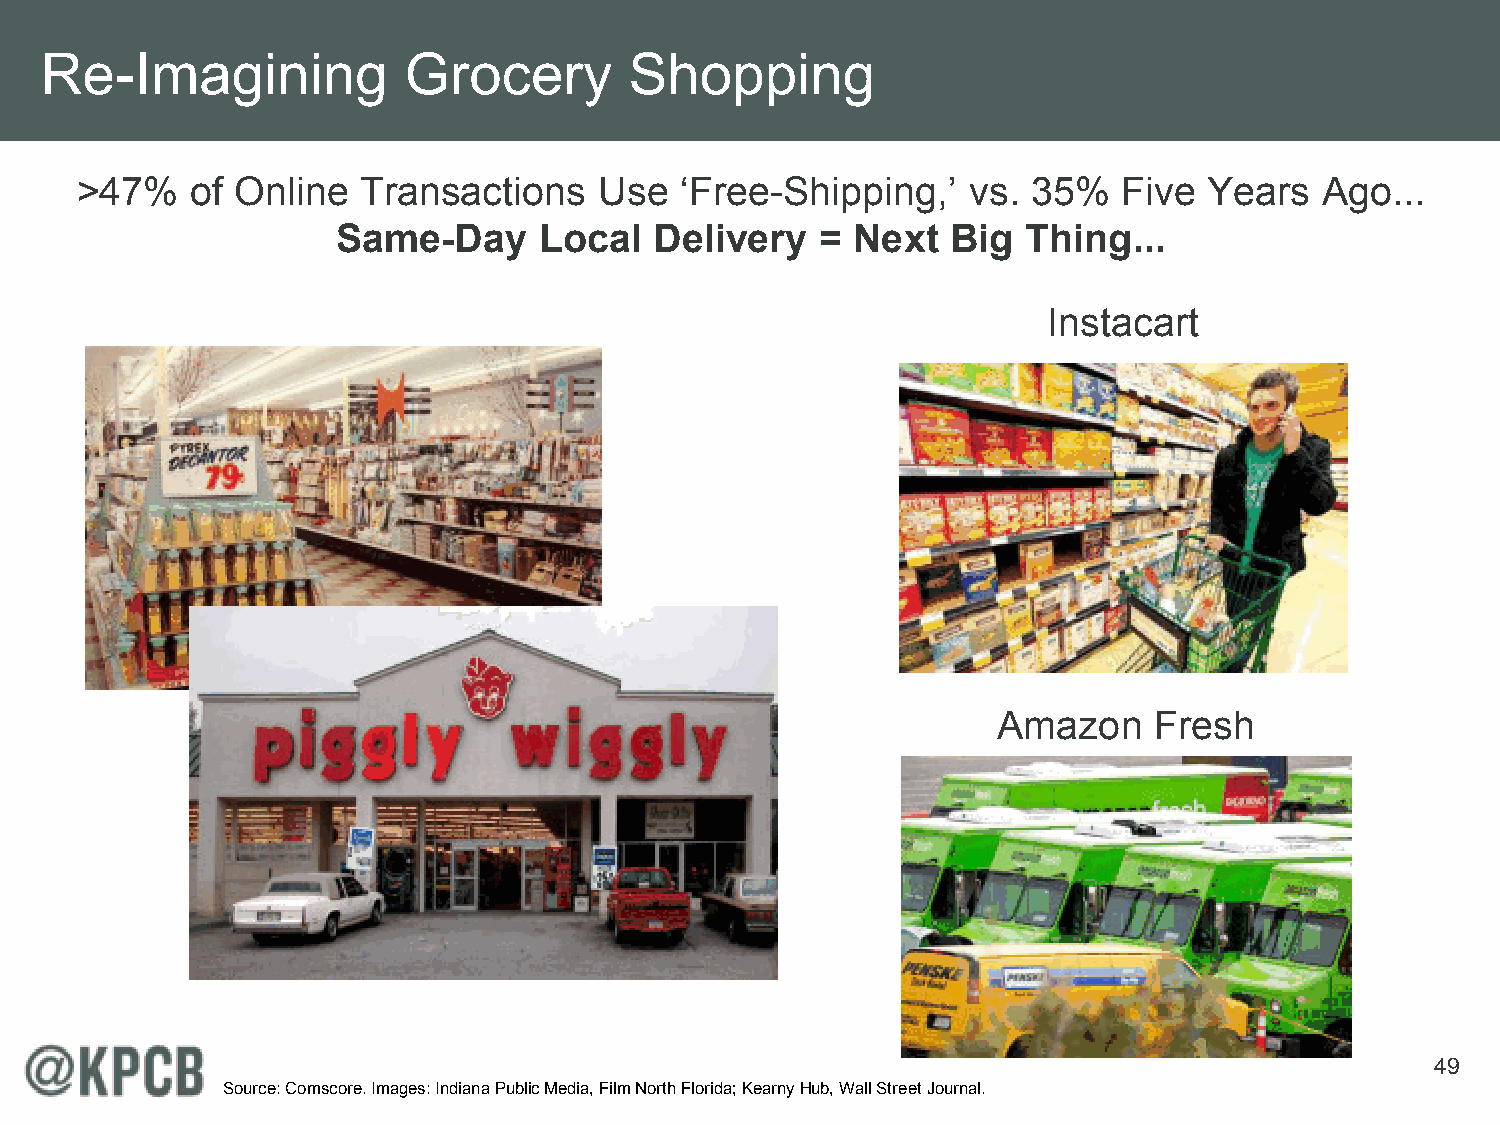
Re-Imagining            Grocery        Shopping
 >47%    of Online  Transactions    Use  ‘Free-Shipping,’   vs. 35%   Five  Years   Ago...
 Same-Day      Local  Delivery   = Next   Big  Thing...
 Instacart
 Amazon    Fresh
 49
 Source: Comscore. Images: Indiana Public Media, Film North Florida; Kearny Hub, Wall Street Journal.